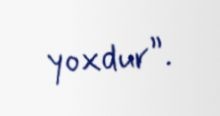
yoxdur”.